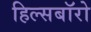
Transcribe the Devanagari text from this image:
हिल्सबॉरो